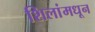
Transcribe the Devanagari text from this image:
शिलांमधून